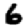
Digit: 6